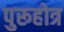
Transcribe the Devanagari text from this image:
पुरूहोत्र